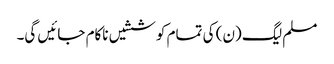
مسلم لیگ (ن) کی تمام کوششیں ناکام جائیں گی۔